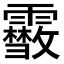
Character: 𩆥